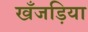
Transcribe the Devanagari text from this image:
खँजड़िया